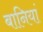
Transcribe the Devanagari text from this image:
बानियां